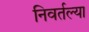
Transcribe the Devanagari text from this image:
निवर्तल्या